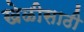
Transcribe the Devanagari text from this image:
खेळीसाठी